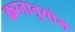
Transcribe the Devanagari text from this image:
करनानुयोग